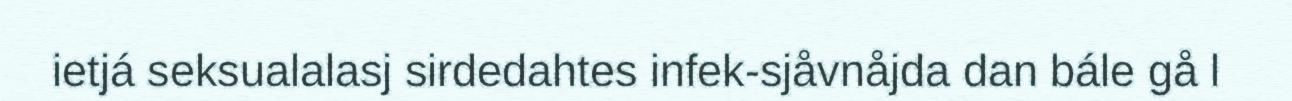
ietjá seksualalasj sirdedahtes infek-sjåvnåjda dan bále gå l